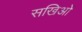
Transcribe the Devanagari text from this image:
सखिओं